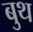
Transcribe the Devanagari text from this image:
बुथ